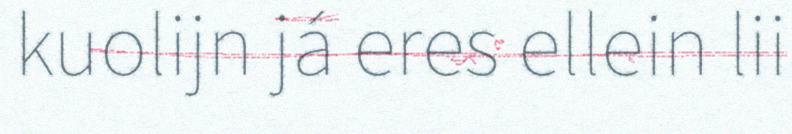
kuolijn já eres ellein lii